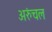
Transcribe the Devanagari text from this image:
अरुंचल